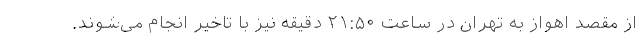
از مقصد اهواز به تهران در ساعت ۲۱:۵۰ دقیقه نیز با تاخیر انجام می‌شوند.